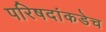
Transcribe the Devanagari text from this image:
परिषदांकडेच